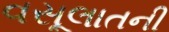
વસૂલાતની